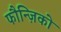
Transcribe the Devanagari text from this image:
फौन्ज़िको